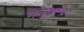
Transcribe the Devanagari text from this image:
मनुश्चन्द्रः